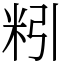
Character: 粌